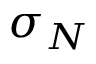
\sigma _ { N }